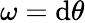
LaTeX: \omega=\mathrm{d}\theta